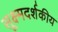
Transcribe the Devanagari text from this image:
सूक्ष्मदर्शकीय